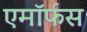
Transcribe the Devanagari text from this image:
एमॉर्फस